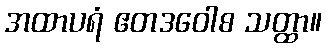
အထာပရံ ဧတဒဝေါစ သတ္ထာ။